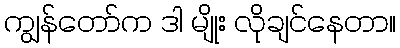
ကျွန်တော်က ဒါ မျိုး လိုချင်နေတာ။